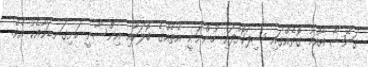
ގަނޭޝާ އާއްމު ގޮތެއްގައި ސިފަކޮށްފައި ހުންނަނީ އެތެއްގެ ބޮލަކާއި އިންސާނީ ހަށިގަނޑަކާއެކު އެވެ.